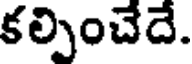
కల్పించేదే.